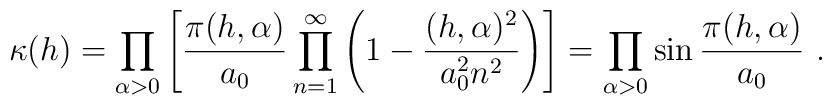
\kappa(h) =\prod\limits_{\alpha >0}\left[\frac{\pi (h,\alpha )}{a_0}\prod\limits_{n=1}^\infty\left(1-\frac{(h,\alpha )^2}{a_0^2n^2}\right)\right] =\prod\limits_{\alpha >0}\sin\frac{\pi (h,\alpha )}{a_0}\ .